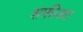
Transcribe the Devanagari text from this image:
शफीआ